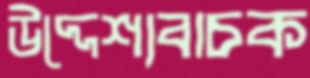
উদ্দেশ্যবাচক